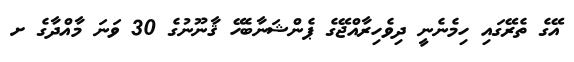
އޭގެ ތެރޭގައި ހިމެނެނީ ދިވެހިރާއްޖޭގެ ޕެންޝަނާބެހޭ ޤާނޫނުގެ 30 ވަނަ މާއްދާގެ ށ